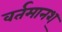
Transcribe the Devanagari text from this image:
वर्तमानश्